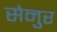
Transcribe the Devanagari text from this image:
सेनुर